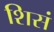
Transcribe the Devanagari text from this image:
शिसं